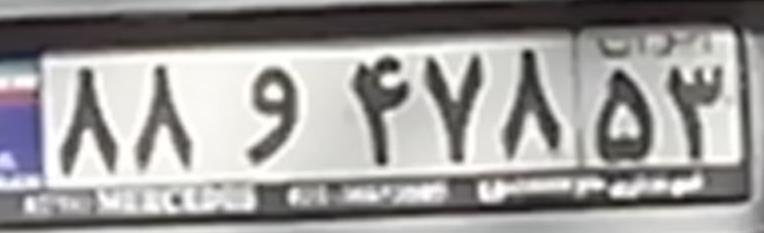
۸۸و۴۷۸۵۳